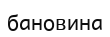
бановина